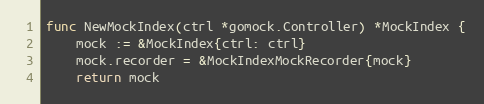
Language: Go
func NewMockIndex(ctrl *gomock.Controller) *MockIndex {
	mock := &MockIndex{ctrl: ctrl}
	mock.recorder = &MockIndexMockRecorder{mock}
	return mock